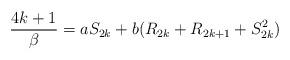
LaTeX: \begin{align*}{4 k+1 \over \beta} = a S_{2k} + b (R_{2k} + R_{2k+1} + S_{2k}^{2})\end{align*}